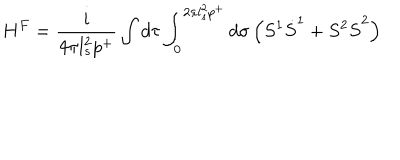
H ^ { F } = \frac { i } { 4 \pi l _ { s } ^ { 2 } p ^ { + } } \int d \tau \int _ { 0 } ^ { 2 \pi l _ { s } ^ { 2 } p ^ { + } } d \sigma \left( S ^ { 1 } \dot { S } ^ { 1 } + S ^ { 2 } \dot { S } ^ { 2 } \right)